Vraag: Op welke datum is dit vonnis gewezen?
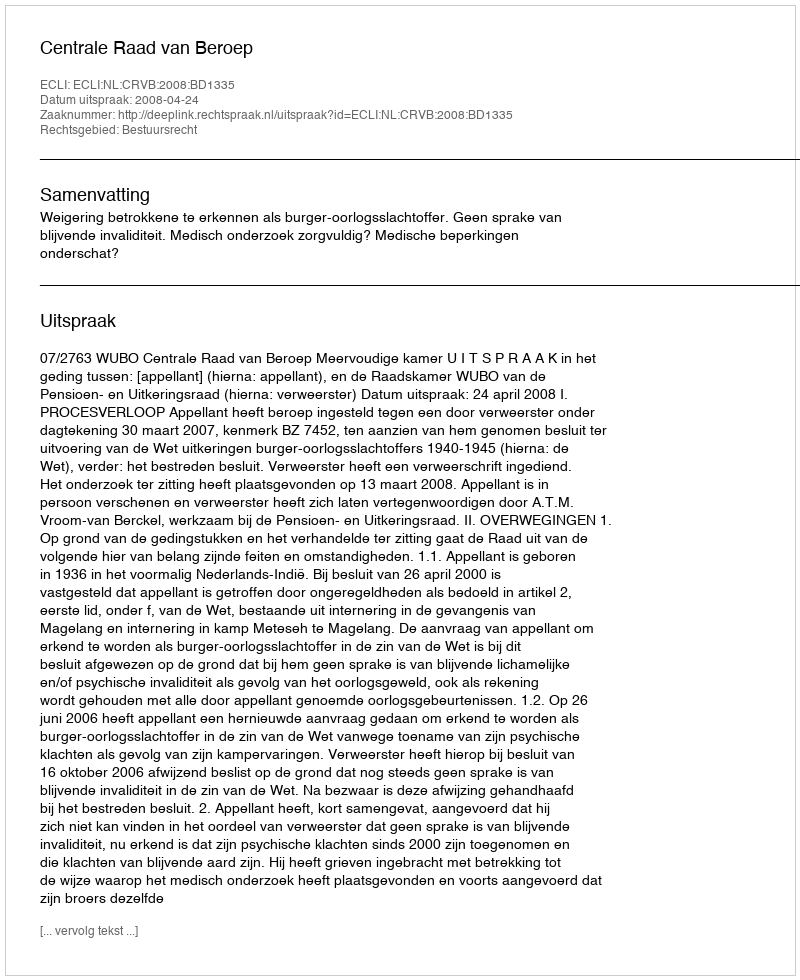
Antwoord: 2008-04-24